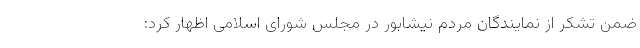
ضمن تشکر از نمایندگان مردم نیشابور در مجلس شورای اسلامی اظهار کرد: